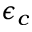
\epsilon _ { c }